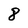
Character: 8